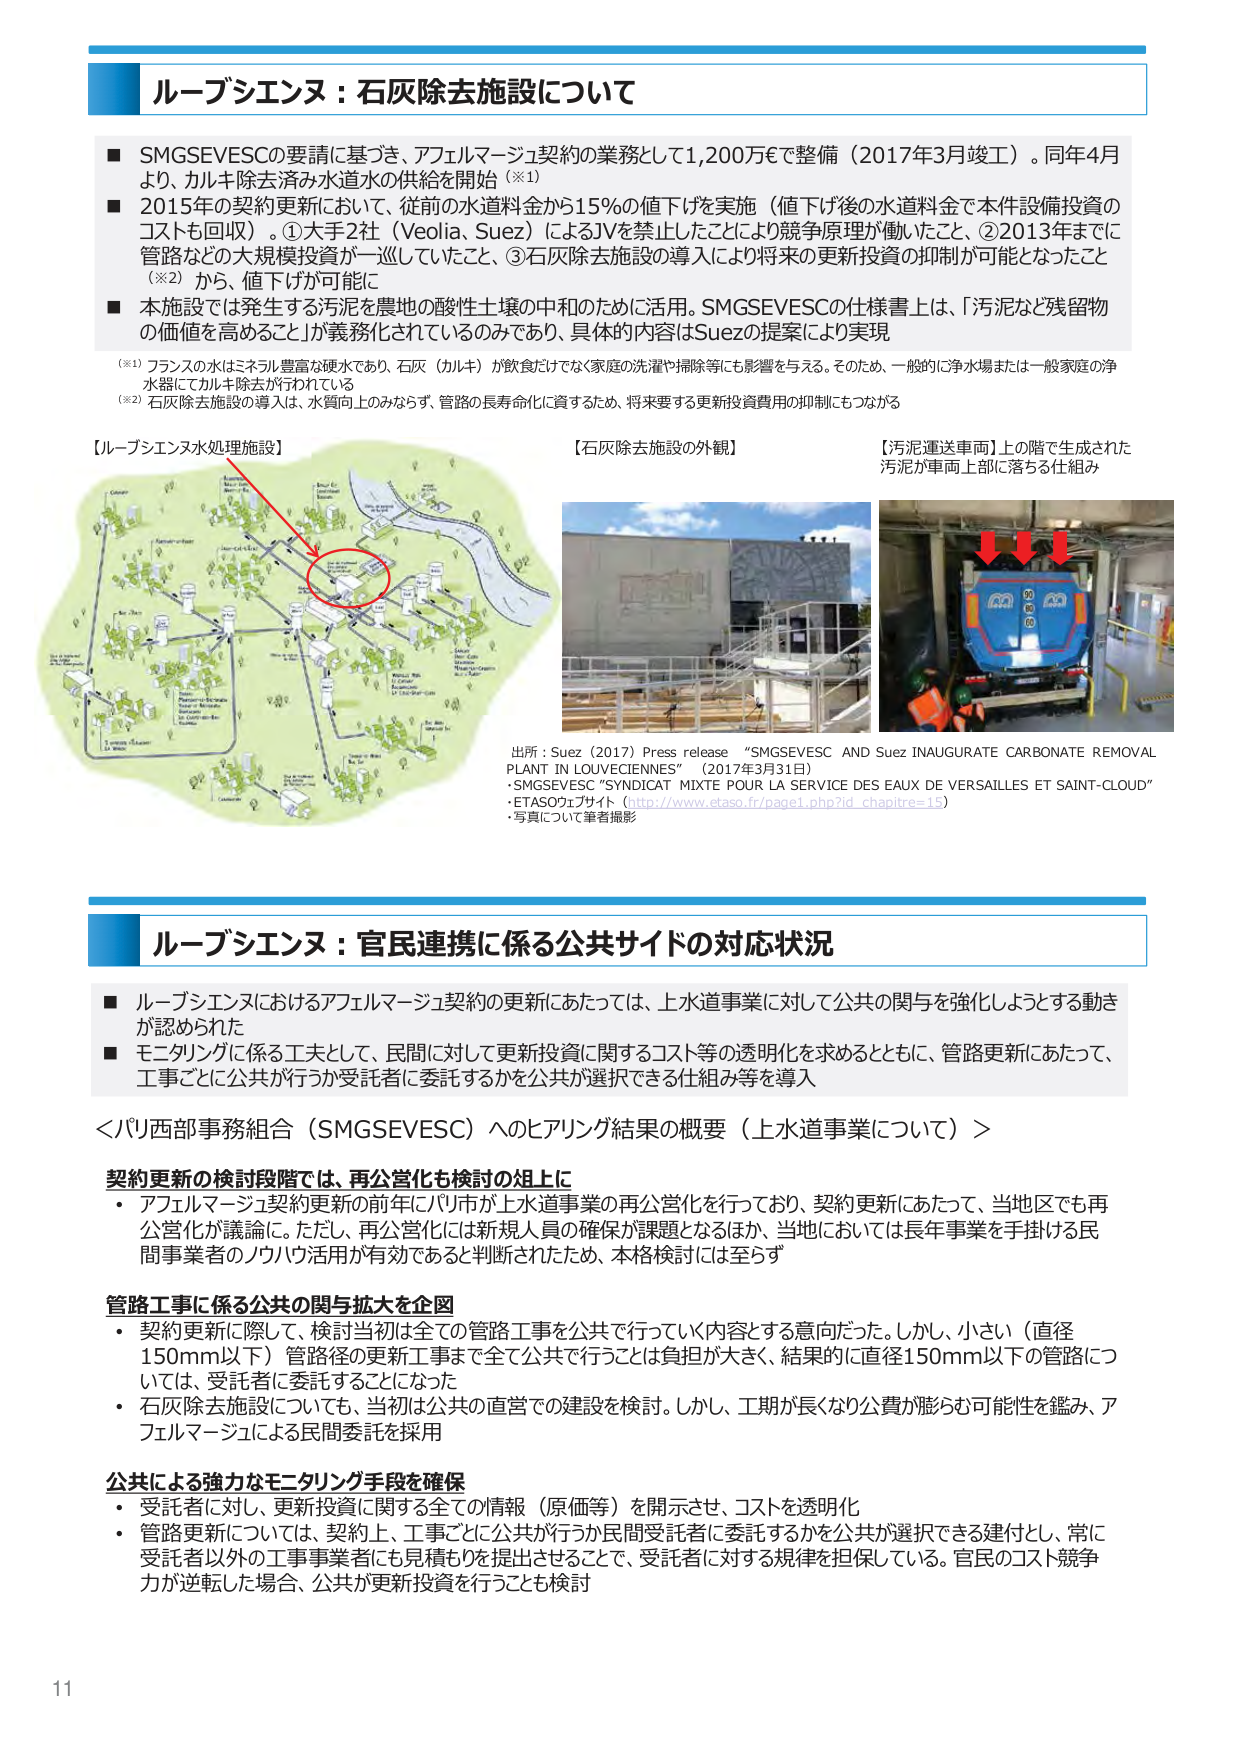
ルーブシエンヌ：石灰除去施設について

■ SMGSEVESCの要請に基づき、アフェルマージュ契約の業務として1,200万€で整備（2017年3月竣工）。同年4月より、カルキ除去済み水道水の供給を開始（※1）
■ 2015年の契約更新において、従前の水道料金から15％の値下げを実施（値下げ後の水道料金で本件設備投資のコストも回収）。①大手2社（Veolia、Suez）によるJVを禁止したことにより競争原理が働いたこと、②2013年までに管路などの大規模投資が一巡していたこと、③石灰除去施設の導入により将来の更新投資の抑制が可能となったこと（※2）から、値下げが可能に
■ 本施設では発生する汚泥を農地の酸性土壌の中和のために活用。SMGSEVESCの仕様書上は、「汚泥など残留物の価値を高めること」が義務化されているのみであり、具体的な内容はSuezの提案により実現

（※1）フランスの水はミネラル豊富な硬水であり、石灰（カルキ）が飲食だけでなく家庭の洗濯や掃除等にも影響を与える。そのため、一般的に浄水場または一般家庭の浄水器にてカルキ除去が行われている
（※2）石灰除去施設の導入は、水質向上のみならず、管路の長寿命化に資するため、将来要する更新投資費用の抑制にもつながる

【ルーブシエンヌ水処理施設】
【石灰除去施設の外観】
【汚泥運送車両】上の階で生成された汚泥が車両上部に落ちる仕組み

出所：Suez（2017）Press release “SMGSEVESC AND Suez INAUGURATE CARBONATE REMOVAL PLANT IN LOUVICIENNES”（2017年3月31日）
・SMGSEVESC “SYNDICAT MIXTE POUR LA SERVICE DES EAUX DE VERSAILLES ET SAINT-CLOUD”
・ETASOウェブサイト（http://www.etaso.fr/page1.php?id_chapitre=15）
・写真について筆者撮影

ルーブシエンヌ：官民連携に係る公共サイドの対応状況

■ ルーブシエンヌにおけるアフェルマージュ契約の更新にあたっては、上水道事業に対して公共の関与を強化しようとする動きが認められた
■ モニタリングに係る工夫として、民間に対して更新投資に関するコスト等の透明化を求めるとともに、管路更新にあたって、工事ごとに公共が行うか受託者に委託するかを公共が選択できる仕組み等を導入

＜パリ西部事務組合（SMGSEVESC）へのヒアリング結果の概要（上水道事業について）＞

契約更新の検討段階では、再公営化も検討の俎上に
・アフェルマージュ契約更新の前年にパリ市が上水道事業の再公営化を行っており、契約更新にあたって、当地区でも再公営化が議論に。ただし、再公営化には新規人員の確保が課題となるほか、当地においては長年事業を手掛ける民間事業者のノウハウ活用が有効であると判断されたため、本格検討には至らず

管路工事に係る公共の関与拡大を企図
・契約更新に際して、検討当初は全ての管路工事を公共で行っていく内容とする意向だった。しかし、小さい（直径150mm以下）管路径の更新工事まで全て公共で行うことは負担が大きく、結果的に直径150mm以下の管路については、受託者に委託することになった
・石灰除去施設についても、当初は公共の直営での建設を検討。しかし、工期が長くなり公費が膨らむ可能性を鑑み、アフェルマージュによる民間委託を採用

公共による強力なモニタリング手段を確保
・受託者に対し、更新投資に関する全ての情報（原価等）を開示させ、コストを透明化
・管路更新については、契約上、工事ごとに公共が行うか民間受託者に委託するかを公共が選択できる建前とし、常に受託者以外の工事事業者にも見積もりを提出させるこで、受託者に対する規律を担保している。官民のコスト競争力が逆転した場合、公共が更新投資を行うことも検討

11